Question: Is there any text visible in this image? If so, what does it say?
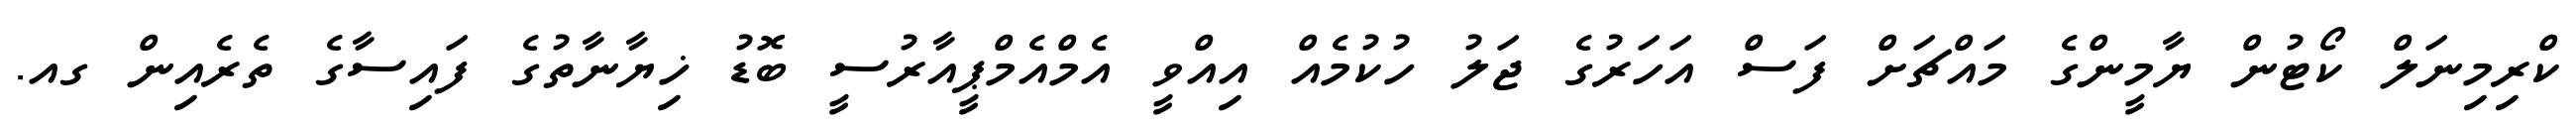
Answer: ކްރިމިނަލް ކޯޓުން ޔާމީންގެ މައްޗަށް ފަސް އަހަރުގެ ޖަލު ހުކުމެއް އިއްވީ އެމްއެމްޕީއާރުސީ ބޮޑު ޚިޔާނާތުގެ ފައިސާގެ ތެރެއިން ގއ.